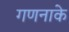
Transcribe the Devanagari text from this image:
गणनाके